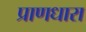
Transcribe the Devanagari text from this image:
प्राणधारा